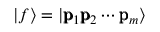
| f \rangle = | \pmb { \mathrm { p } } _ { 1 } \pmb { \mathrm { p } } _ { 2 } \cdots \pmb { \mathrm { p } } _ { m } \rangle